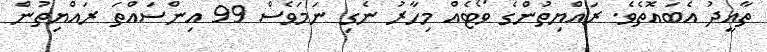
ތާއީދު އެބައޮތެވެ. ރައްޔިތުންގެ ވޯޓެއް މިހާރު ނެގި ނަމަވެސް 99 އިންސައްތަ ރައްޔިތުން